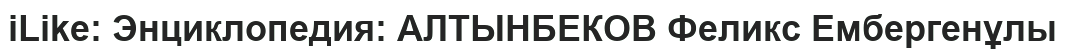
iLike: Энциклопедия: АЛТЫНБЕКОВ Феликс Ембергенұлы